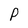
Character: P